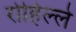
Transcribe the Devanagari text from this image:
रोहिल्ले